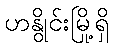
ဟနွိုင်းမြို့ရှိ